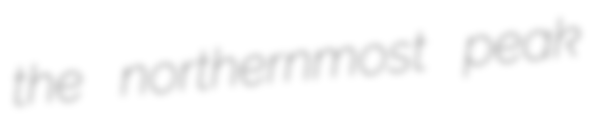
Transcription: the northernmost peak